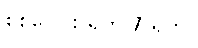
စုစုပေါင်း ရက် 7 ရက်။